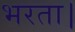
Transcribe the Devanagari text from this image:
भरता।